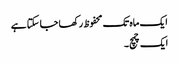
ایک ماہ تک محفوظ رکھا جا سکتا ہے
ایک چمچ۔